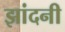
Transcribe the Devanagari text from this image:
झांदनी